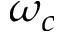
\omega _ { c }